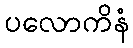
ပလောကိနံ